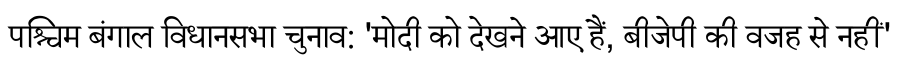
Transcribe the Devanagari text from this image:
पश्चिम बंगाल विधानसभा चुनाव: 'मोदी को देखने आए हैं, बीजेपी की वजह से नहीं'